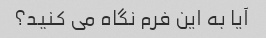
آیا به این فرم نگاه می کنید؟